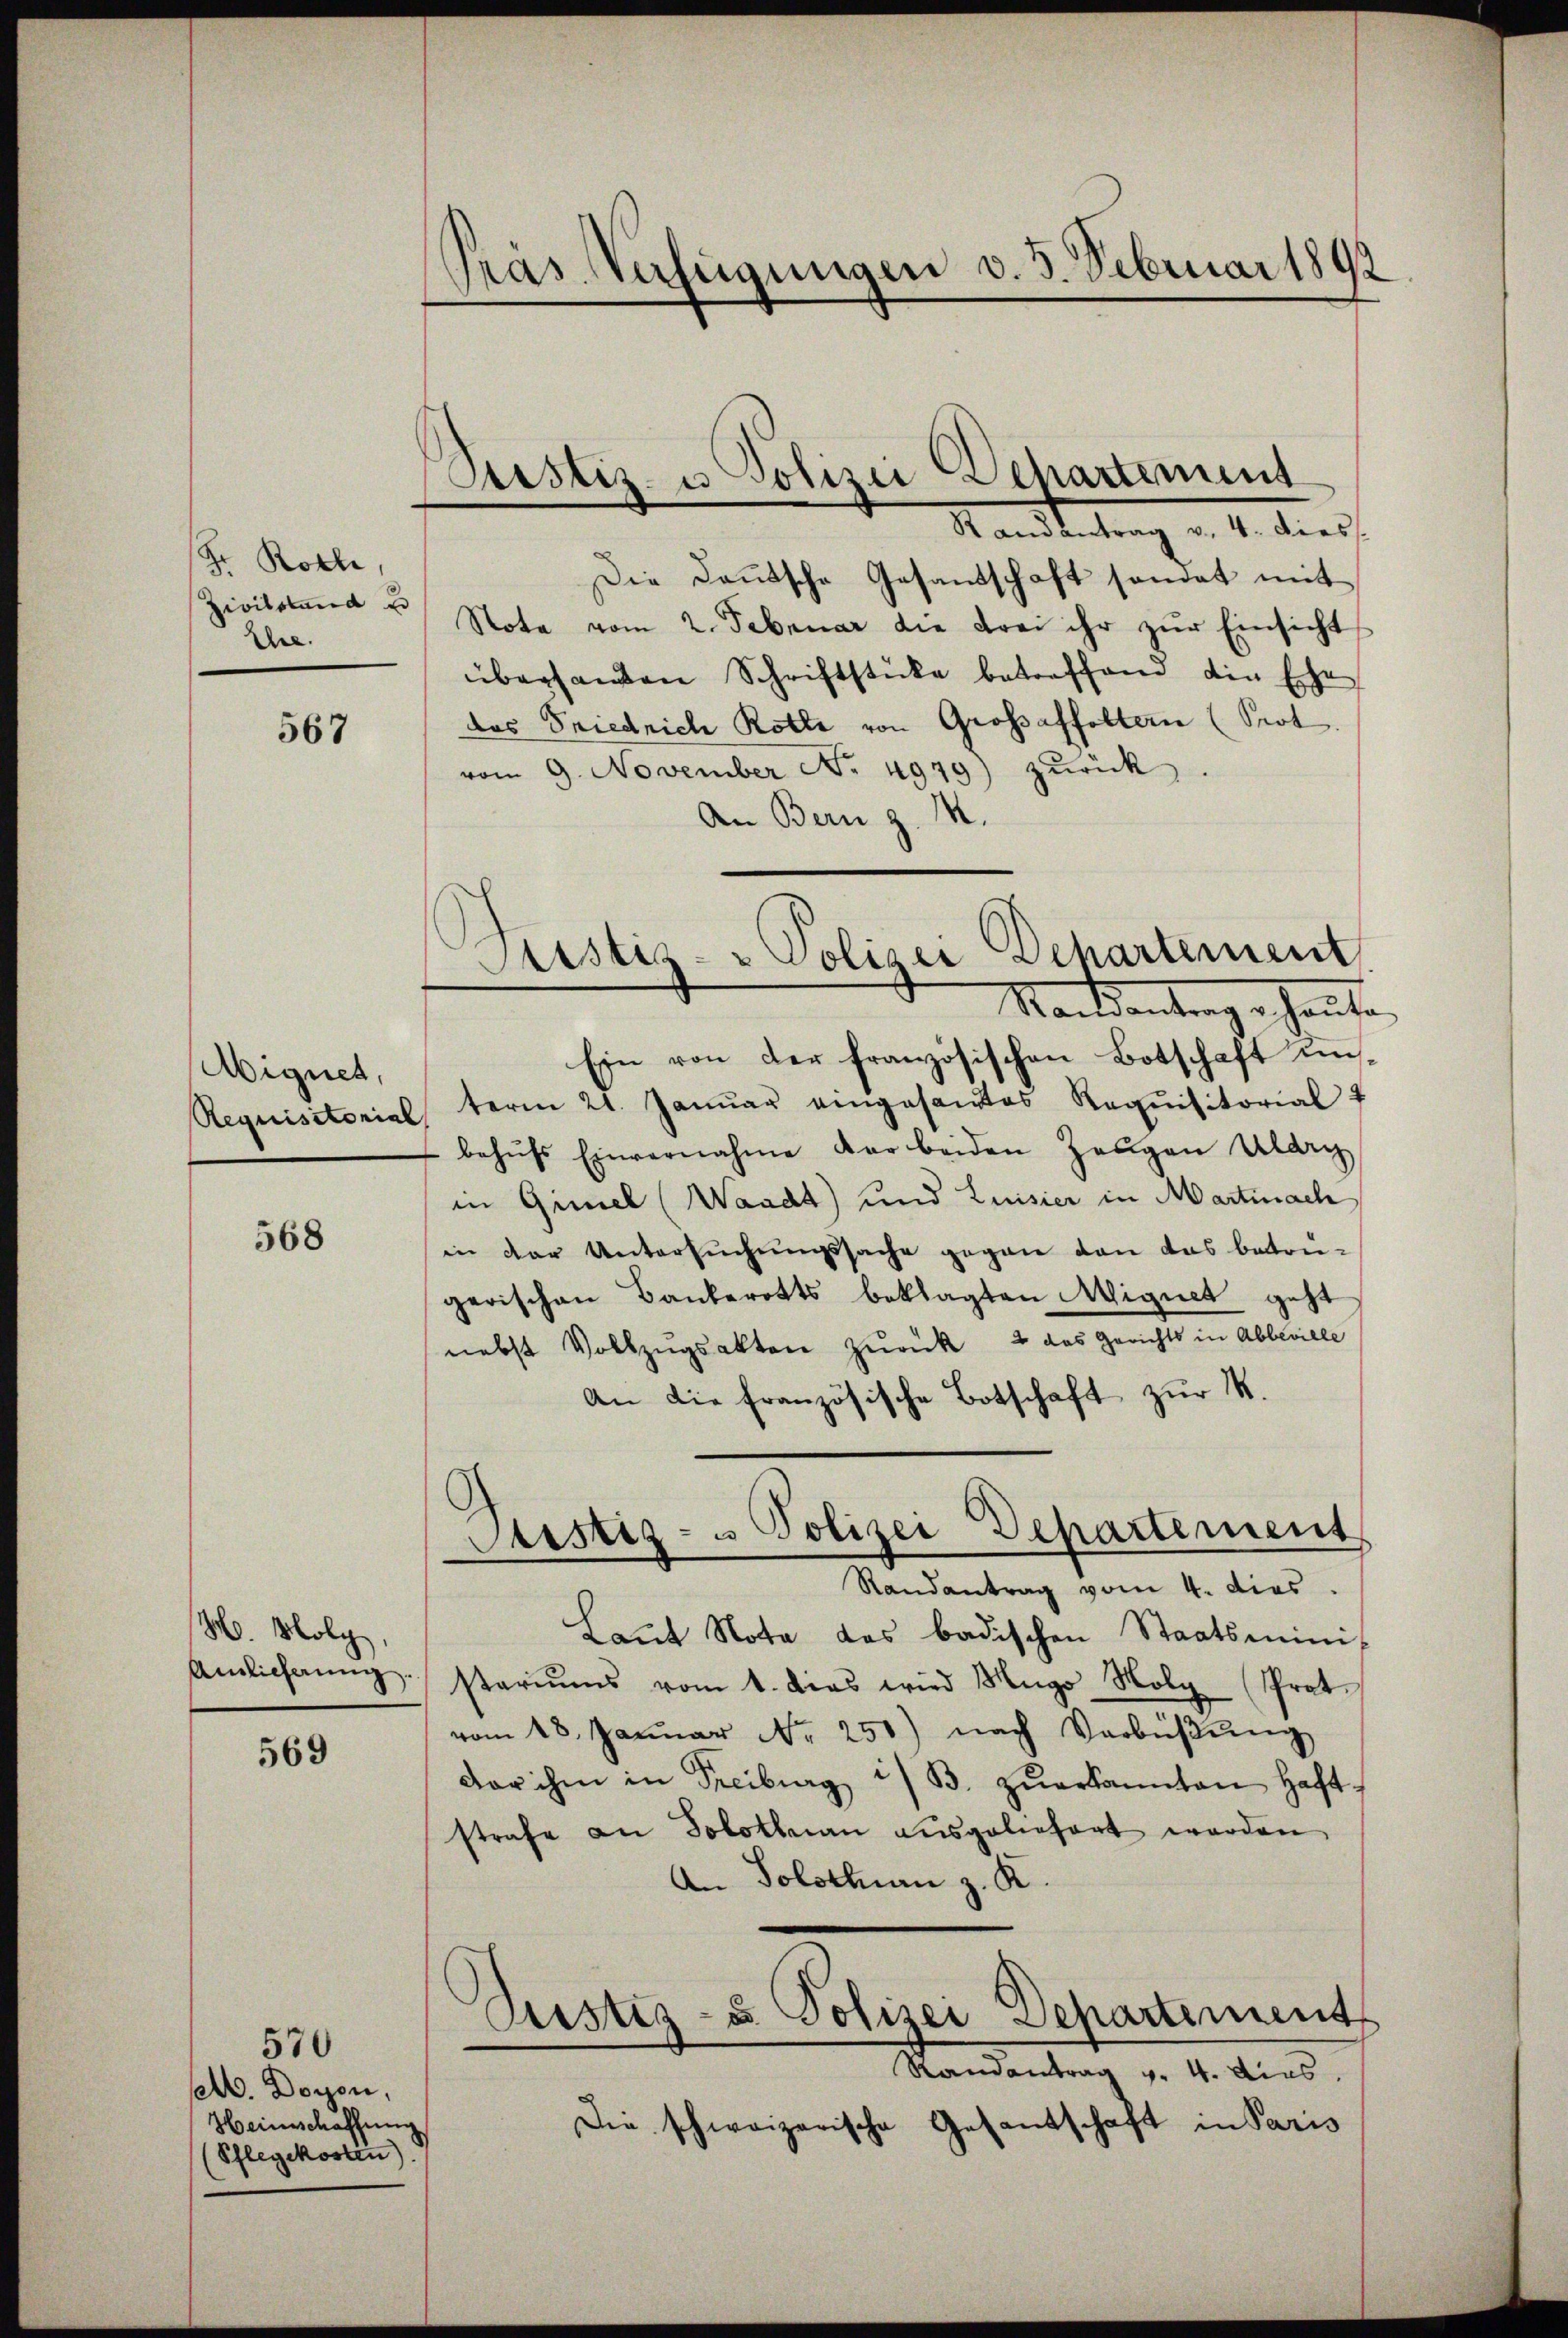
Fr. Roth,
Zivilstand u
Ehne.

567

Aignet,
Requisitorial

568

H. Molg,
Amlichung.

569

570
set. Doyen,
Heimschaffung
Pflegekosten)

Gras Verfügungen d. 3. Februar 1892

Justiz- u Polizei Departement
Ramantrag v. 4. dies

Die Daŭtsche Gesandschaft sondet mit
Note vom 2. Februar die drei ihr zur Einsicht
überhanden Schriftstücke betreffend die Ehe
das Friedrich Rotte von Grossaffoltern (Prot
vom 9. November No. 4979) zŭrück.
An Bern z. M.
Ein von der französischen Botschaft unterm 21. Januar eingesandtes Requisitorial
behŭfs Einvernahme der beiden Zeŭgen Alder
in Gimel (Waadt) und Luisier in Martinach
in der Untersuchungssache gegen den das beton-
gerischen Bankerotts beklagten Mignet geht
nebst Vollzŭgsakten zurück, 2 das Gerichts in Abbeville
An die französische Botschaft zur M.
Sistiz- u Polizei Departement
Randantrag vom 4. dies
Laŭt Nota das badischen Staatsminis
stariŭms vom 1. dies wird Mugo Moly (Prot.
vom 18. Janŭar Nr. 250) nach Verbüβŭng
dor ihm in Freiburg i/B. zŭerkannten Haft-
strafe an Solothurn ausgeliefert werden
An Solothurn z. R.
Puestiz- u Polizei Departement
Randantrag v. 4. dies
Die schweizerische Gesantschaft in Paris

Justiz- & Polizei Departement
Nachsantrage hante